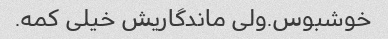
خوشبوس.ولی ماندگاریش خیلی کمه.